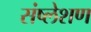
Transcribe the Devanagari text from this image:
संष्लेशण